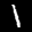
Label: 1